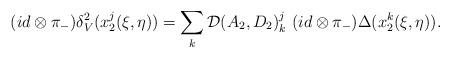
LaTeX: \begin{align*}(id \otimes \pi_-)\delta^2_V(x_2^j(\xi,\eta)) =\sum_k {\cal D}(A_2,D_2)^j_k \ (id \otimes \pi_-)\Delta (x_2^k(\xi,\eta)).\end{align*}